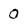
Character: 0